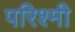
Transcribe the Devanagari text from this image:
परिश्मी